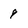
Character: 9